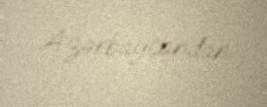
Azərbaycandan.